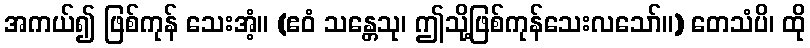
အကယ်၍ ဖြစ်ကုန် သေးအံ့။ (ဧဝံ သန္တေသု၊ ဤသို့ဖြစ်ကုန်သေးလသော်။) တေသံပိ၊ ထို